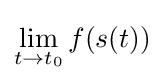
\lim _{t\to t_{0}}f(s(t))